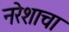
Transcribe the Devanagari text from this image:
नरेशाचा